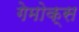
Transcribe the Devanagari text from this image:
गेमोक्स